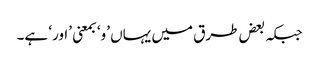
جبکہ بعض طرق میں یہاں ’و‘ بمعنی ’اور‘ ہے۔